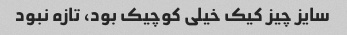
سایز چیز کیک خیلی کوچیک بود، تازه نبود